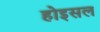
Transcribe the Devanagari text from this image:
होइसल